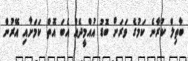
ބާތިލް ކުރާނެ ކަމުގެ ވަރަށް ބޮޑު އުއްމީދެއް އެބަ އޮތް ކަމަށާއި އޭރުން